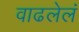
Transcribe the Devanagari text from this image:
वाढलेलं